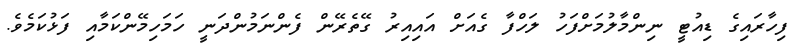
ފިހާރައިގެ ޑިއުޓީ ނިންމާލުމަށްފަހު ލަހްފާ ގެއަށް އައިއިރު ގޭތެރޭން ފެންނަމުންދަނީ ހަމަހިމޭންކަމާއި ފަޅުކަމެވެ.